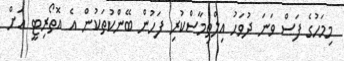
މިމަހުގެ ފަސް ވަނަ ދުވަހު އިލްތިމާސްކުރި ފަހުން ބޭންކުތަކުން އެ އޮތޯރިޓީ އަށް